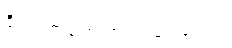
ဒိုင်ယက်စ်က အကြံပြုပါတယ်။